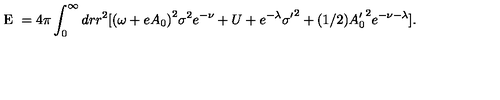
\textrm { E } = 4 \pi \int _ { 0 } ^ { \infty } d r r ^ { 2 } [ { ( \omega + e A _ { 0 } ) } ^ { 2 } { \sigma } ^ { 2 } e ^ { - \nu } + U + e ^ { - \lambda } { \sigma ^ { \prime } } ^ { 2 } + ( 1 / 2 ) { A _ { 0 } ^ { \prime } } ^ { 2 } e ^ { - \nu - \lambda } ] .